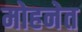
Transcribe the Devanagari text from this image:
मोहनेत